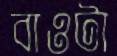
বাওটা